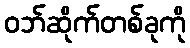
ဝဘ်ဆိုက်တစ်ခုကို